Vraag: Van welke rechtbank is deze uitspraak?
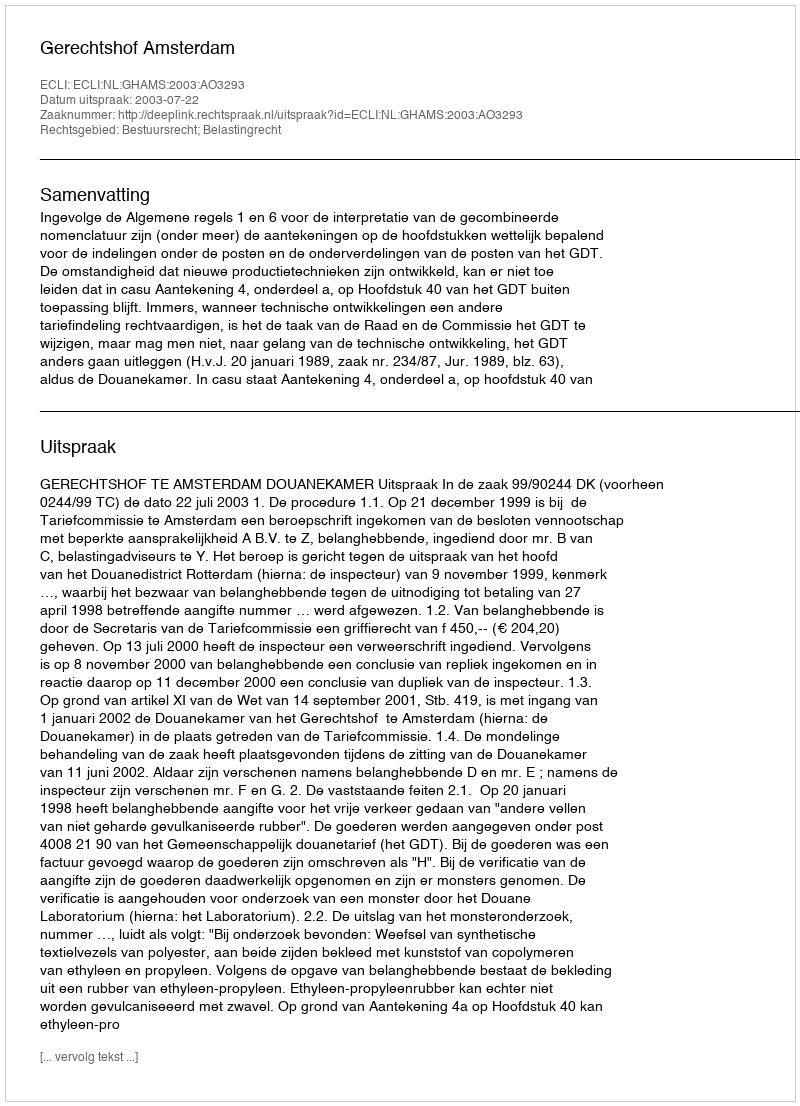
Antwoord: Gerechtshof Amsterdam